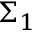
\Sigma _ { 1 }